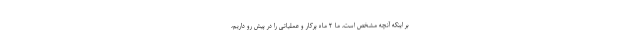
بر اینکه آنچه مشخص است، ما ۲ ماه پرکار و عملیاتی را در پیش رو داریم،‌